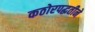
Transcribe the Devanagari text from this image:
कठोरपद्धतीने